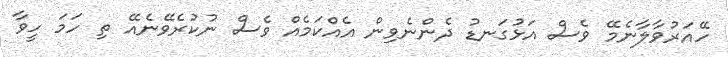
ހޭއަރުވާލާނެމޭ ވެސް އަޅުގަނޑު ދެންނެވިން އެއްކަމެއް ވެސް ނުކުރެވޭނެއޭ ތި ހަމަ ހީވާ